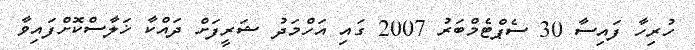
ހުރިހާ ފައިސާ 30 ސެޕްޓެމްބަރު 2007 ގައި އަހްމަދު ޝަރީފަށް ދައްކާ ޚަލާސްކޮށްފައިވާ